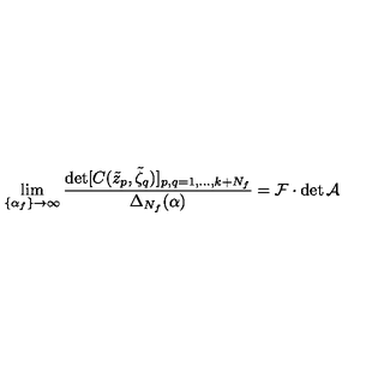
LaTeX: \lim _ { \{ \alpha _ { f } \} \to \infty } \frac { \det [ C ( \tilde { z } _ { p } , \tilde { \zeta } _ { q } ) ] _ { p , q = 1 , \dots , k + N _ { f } } } { \Delta _ { N _ { f } } ( \alpha ) } = \mathcal { F } \cdot \det \mathcal { A }